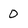
Character: 0